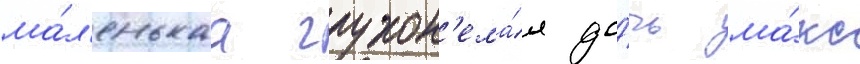
ма́л'енькаа глухон'ема́я до́чь ма́кс